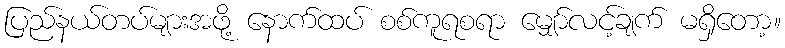
ပြည်နယ်တပ်များအဖို့ နောက်ထပ် စစ်ကူရစရာ မျှော်လင့်ချက် မရှိတော့။